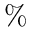
\%